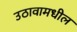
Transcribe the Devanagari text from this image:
उठावामधील